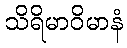
သိရိမာဝိမာနံ